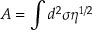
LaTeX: A = \int d ^ { 2 } \sigma \eta ^ { 1 / 2 }